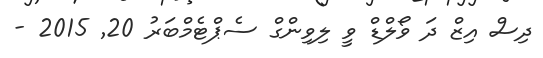
ދިސް އިޒް ދަ ވޯލްޑް ވީ ލިވިންގް ސެޕްޓެމްބަރު 20